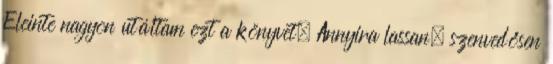
Eleinte nagyon utáltam ezt a könyvet. Annyira lassan, szenvedősen